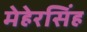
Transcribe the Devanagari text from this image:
मेहेरसिंह